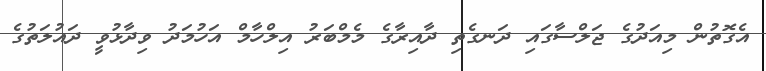
އެގޮތުން މިއަދުގެ ޖަލްސާގައި ދަނގެތި ދާއިރާގެ މެމްބަރު އިލްހާމް އަހުމަދު ވިދާޅުވީ ދައުލަތުގެ